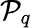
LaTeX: \mathcal{P}_{q}